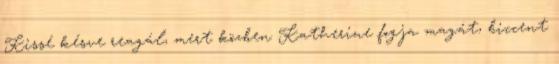
Kissé késve reagál, mert közben Katherine fogja magát, biccent